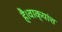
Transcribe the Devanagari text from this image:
है।वाक्यांश